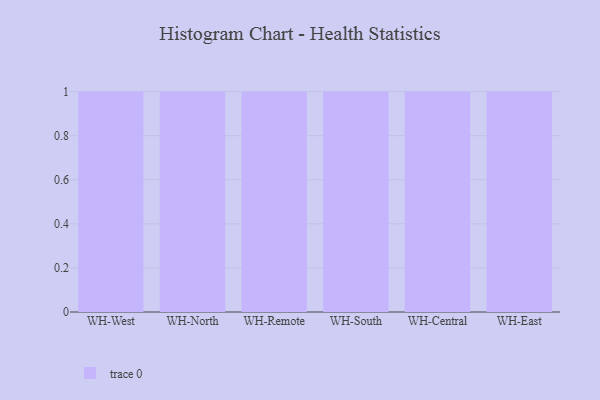
{"axis": {"x": "Warehouse", "y": "Active Users"}, "legend": [""], "data": [{"x": "WH-West", "y": 74, "type": ""}, {"x": "WH-North", "y": 41, "type": ""}, {"x": "WH-Remote", "y": 67, "type": ""}, {"x": "WH-South", "y": 87, "type": ""}, {"x": "WH-Central", "y": 100, "type": ""}, {"x": "WH-East", "y": 22, "type": ""}]}